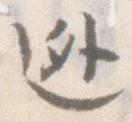
逃